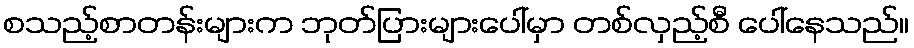
စသည့်စာတန်းများက ဘုတ်ပြားများပေါ်မှာ တစ်လှည့်စီ ပေါ်နေသည်။